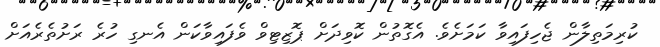
ކުރިމަތިލާން ޖެހިފައިވާ ކަމަށެވެ. އެގޮތުން ކޮވިދަށް ޕޮޒިޓިވް ވެފައިވާކަން އެނގި ހުރެ ރަށުތެރެއަށް